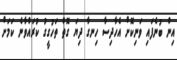
އިން ބުނެފައި ވަނިކޮށް އެހާދިސާ ހިނގާ ދިޔަ ގޮތް ތަހުގީގު ކުރައްވާނެ ކަމަށް